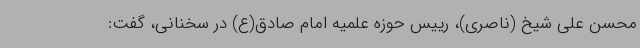
محسن علی شیخ (ناصری)، رییس حوزه علمیه امام صادق(ع) در سخنانی، گفت: